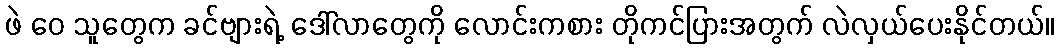
ဖဲ ဝေ သူတွေက ခင်ဗျားရဲ့ ဒေါ်လာတွေကို လောင်းကစား တိုကင်ပြားအတွက် လဲလှယ်ပေးနိုင်တယ်။